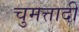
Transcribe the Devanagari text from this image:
चुमत्तादी